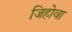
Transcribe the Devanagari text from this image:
जिहोवा